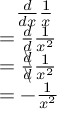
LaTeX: \begin{array} { l } { \; \; \; { \frac { d } { d x } } { \frac { 1 } { x } } } \\ { = { \frac { d } { d } } { \frac { 1 } { x ^ { 2 } } } } \\ { = { \frac { d \! \! \! \backslash } { d \! \! \! \backslash } } { \frac { 1 } { x ^ { 2 } } } } \\ { = - { \frac { 1 } { x ^ { 2 } } } } \end{array}